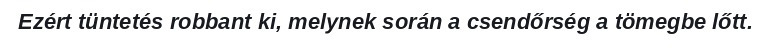
Ezért tüntetés robbant ki, melynek során a csendőrség a tömegbe lőtt.